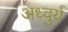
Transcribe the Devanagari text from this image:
अध्वुर्य